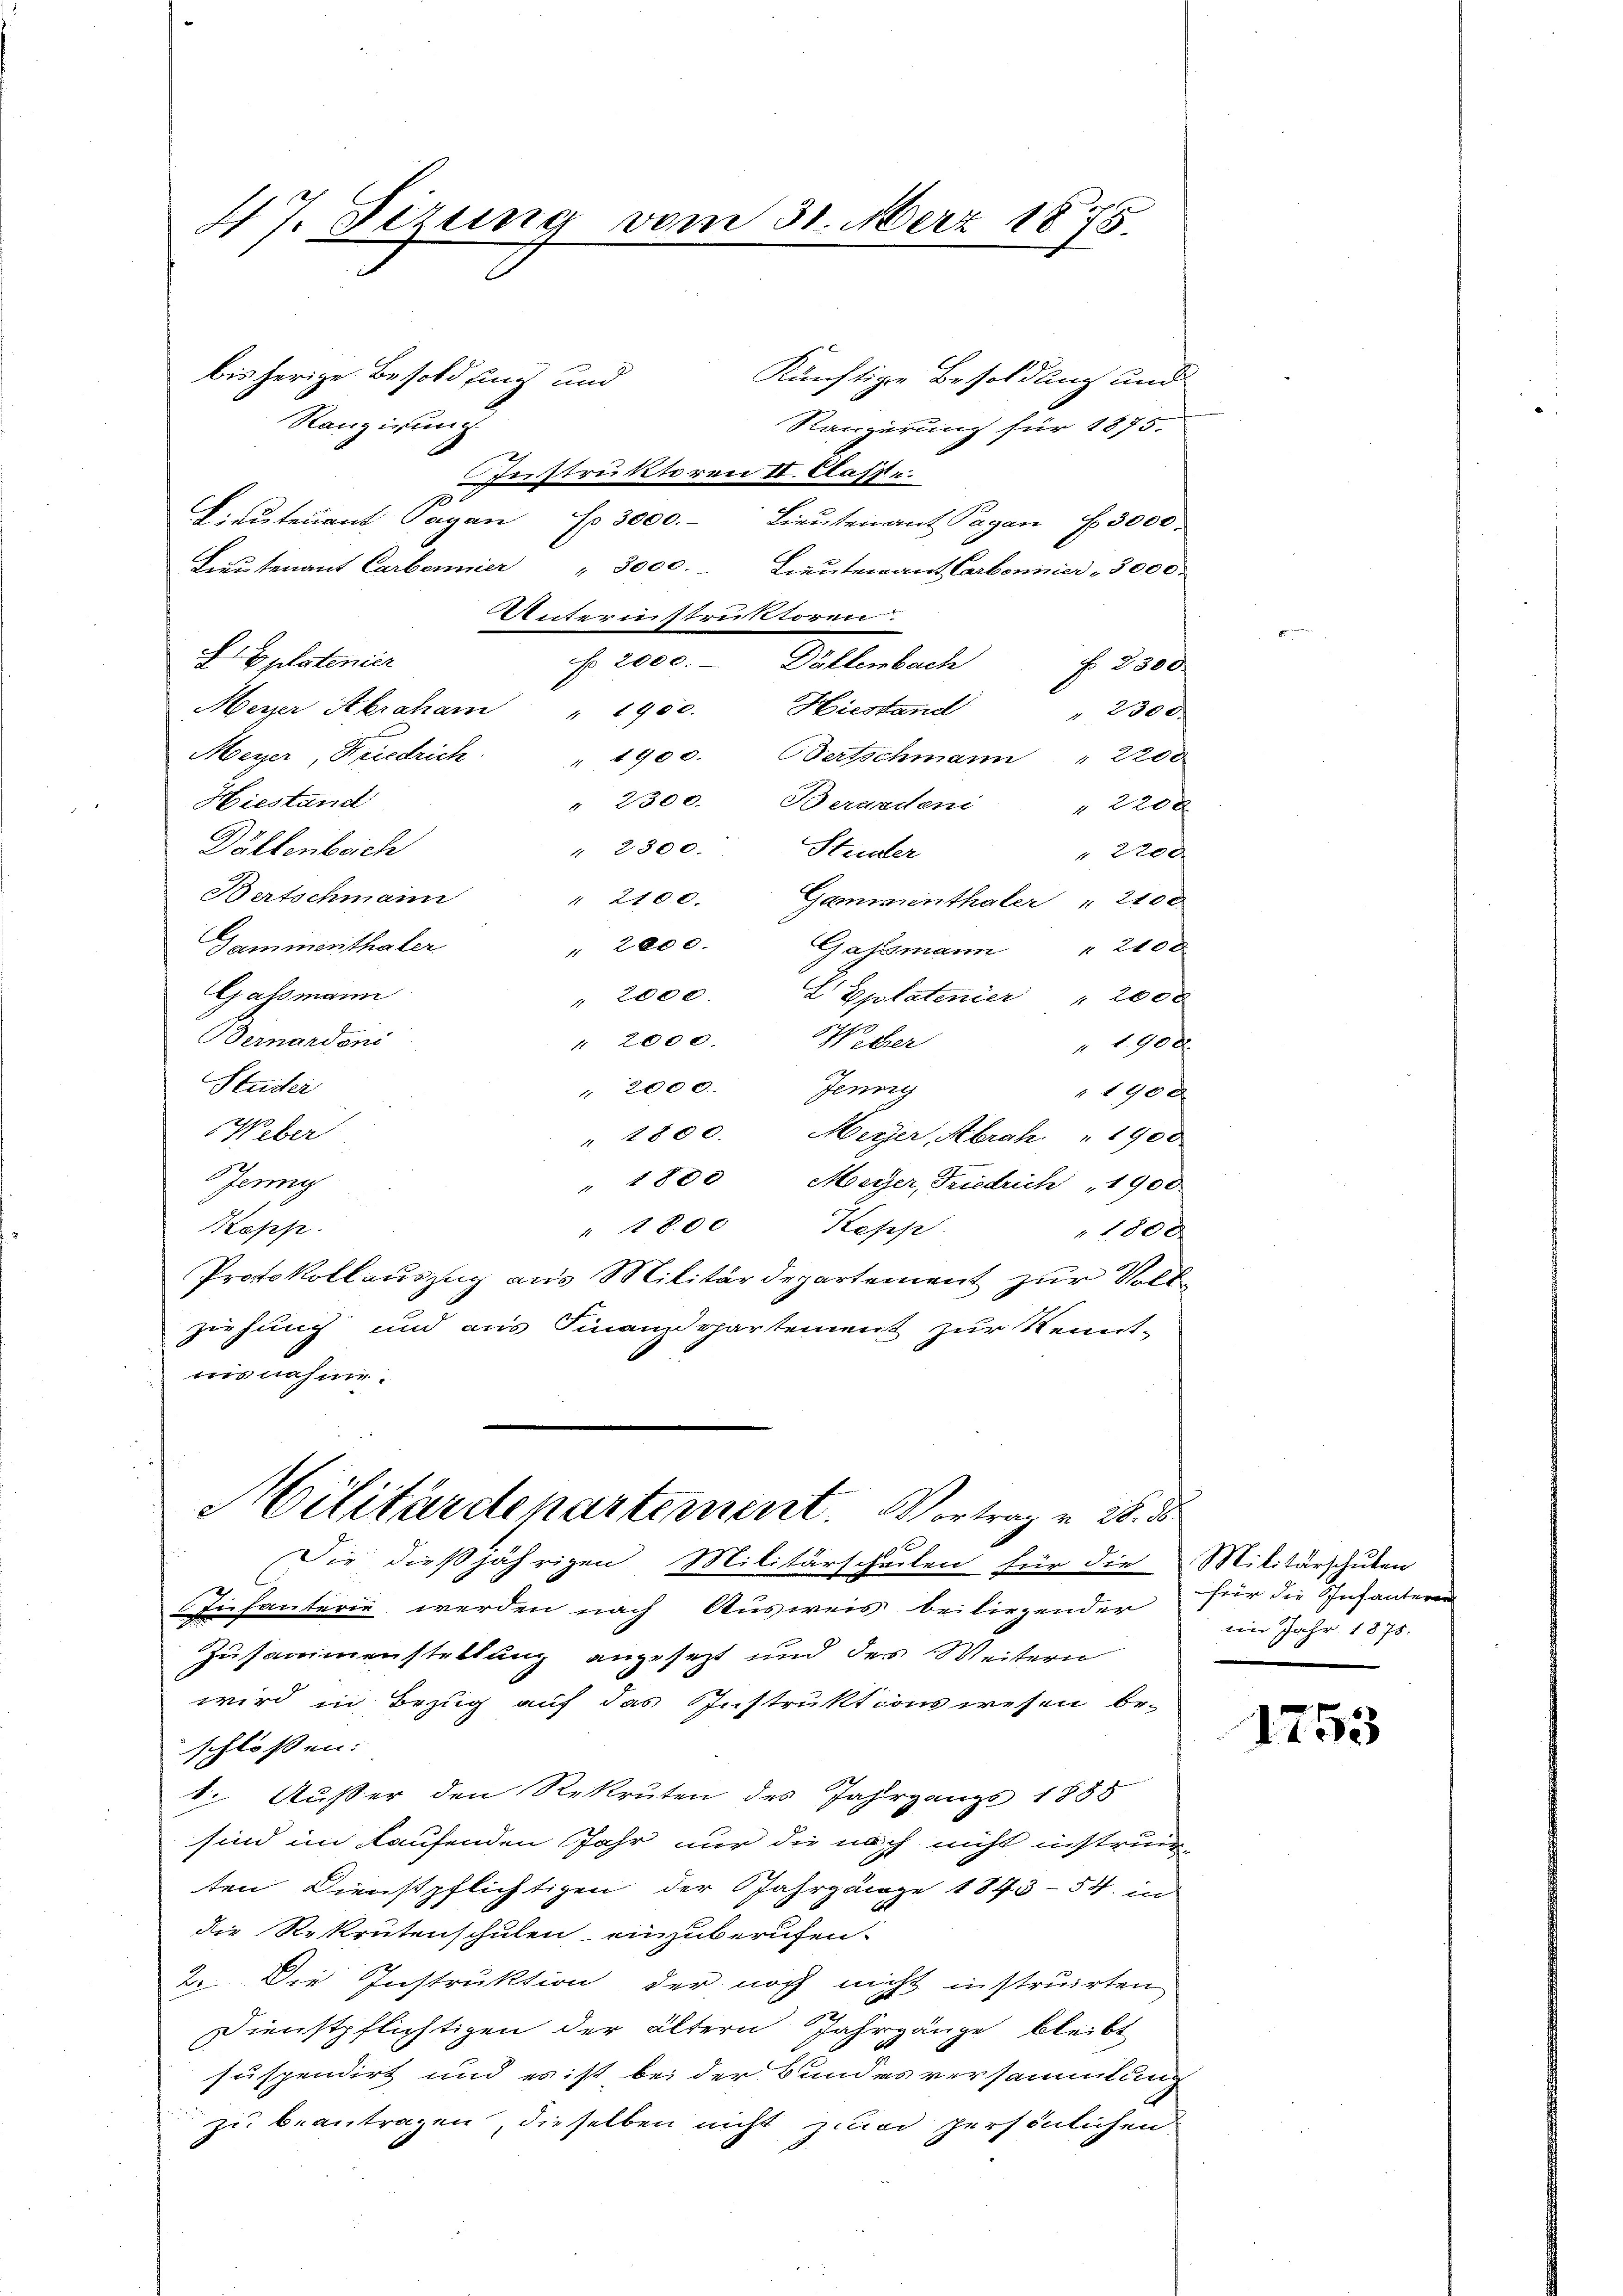
47. Sizung vom 31. März 1875.
bis herige Besoldung und
Künftige Besoldung und
Ranzigung
Rangerung für 1875.
Fenstruktoren II. Klasse.
1
Leutenant. Sagan
Fr. 3000.- Lieŭtenant Pagan f 3000.

gplatenier

Lieŭtenant Carbonnier " 3000. Lieutenant Carbonnier - 3000.
Unterinstruktoren.
No. 2000.- Dällenbach
No 2300.
Meyer Abraham " 1950. Hiestand
 2300
Meyer, Friedrich " 1900. Bertschmann " 2200
Hiestand
" 2300. Beranden " 220 x
Dällenbeich
" 2300.
Studler
 220 x
Bertschmann
" 2100.
Gammenthaler " 2100
Gammenthaler
" 2000.
Gassmann " 2100
Gassmann
" 2000. LEplatenier " 2000
Bernardoni
" 2000. Weber
190 x
Studer
" 2000. Jenny
 1900
Weber
". 2800. Meyer, Abrah " 1900
Beung
" 1800 Meyer, Friedrich 1900
" 1800 Kepp
Kopp
1800
Protokollauszug aus Militärdepartement zur Vert
ziehung und aus Finanzdepartement zur Kennt-
nisnahme.
Militärdepartement. Vortrag v. 28. d
f
Die dießjährigen Militärscheilen für die Militärschulen
 Infanterie werden nach Ausweis beiliegender
Zusammenstellung angesetzt und des Weitern
wird in Bezug auf das Instruktions wesen beschlossen:
t. Außer den Rekruten des Jahrgangs 1858
sind im Laufenden Jahr nur die nach nicht instruckten Dienstpflichtigen der Jahrgänge 1843-54. in
die Rekrutenschulen einzuberufen.
2. Die Instruktion der noch nicht instruirten
Dienstpflichtigen der ältern Jahrgänge bleibt
suspendirt und es ist bei der Bundesversammlung
zu beantragen, dieselben nicht zum persönlichen

für die Infanterer
iin Jahr 1875.

1753